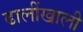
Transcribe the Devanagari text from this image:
ढालींखाली